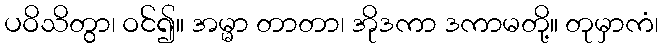
ပဝိသိတွာ၊ ဝင်၍။ အမ္မာ တာတာ၊ အိုဒကာ ဒကာမတို့။ တုမှာကံ၊